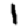
Digit: 1